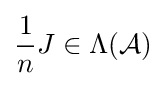
{\frac {1}{n}}J\in \Lambda ({\mathcal {A}})